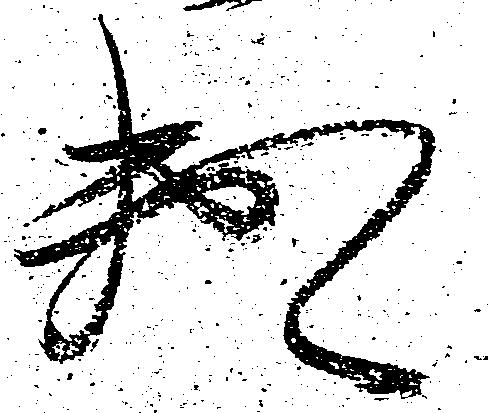
頼